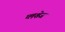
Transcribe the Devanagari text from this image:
प्लशेज